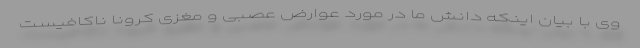
وی با بیان اینکه دانش ما در مورد عوارض عصبی و مغزی کرونا ناکافیست